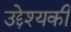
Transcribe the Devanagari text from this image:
उद्देश्यकी